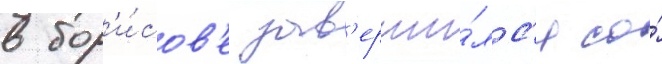
в бор'и́сов'е зав'ерши́лс'я со́